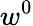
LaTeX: w^{0}